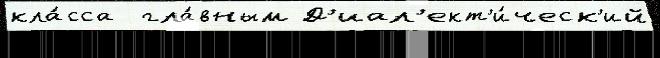
кла́сса  гла́вным Д'иал'ект'и́ческ'ий